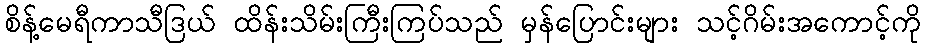
စိန့်မေရီကာသီဒြယ် ထိန်းသိမ်းကြီးကြပ်သည် မှန်ပြောင်းများ သင့်ဂိမ်းအကောင့်ကို